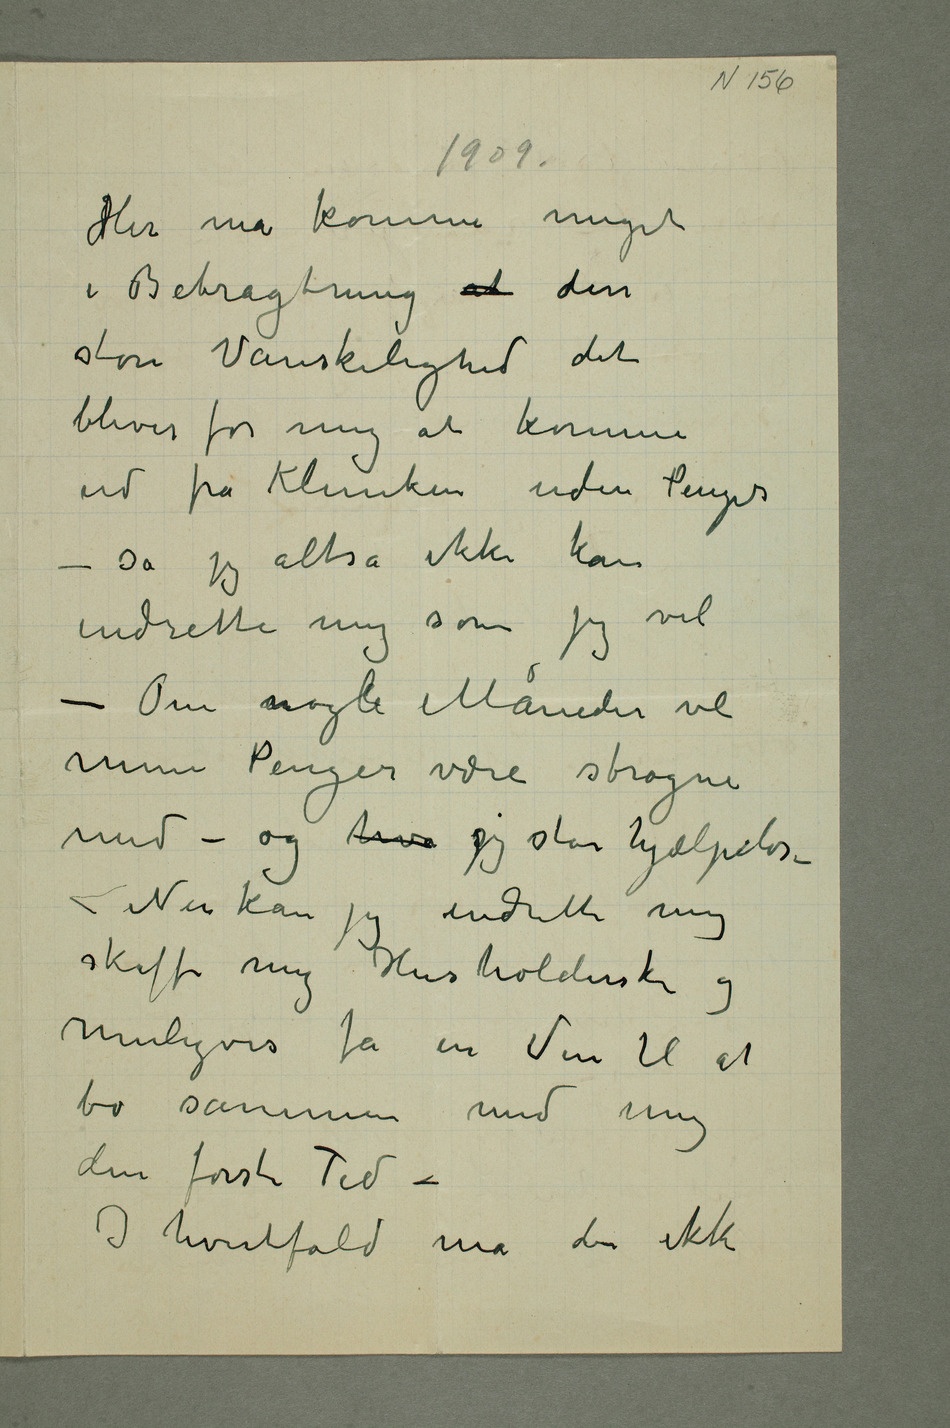
T
1909.
Her må komme meget
i Bebragtning at dis
store Vanskelighed det
blever for mig at komme
ud fra Klunken uden Penger
så jeg altså ikke kan
indrette mig som jeg vil
– Om nogle Måneder vl
mine Penger være strøgne
med – og hva jeg står hjælpelsse
Nen kan jeg indrette mig
skaffe mig Husholderske og
muligves få en Ven til at
bo sammen med mig
den første Ted –
I hvertfald må der ikke